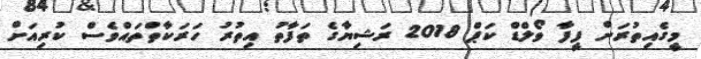
މީގެއިތުރަށް ފީފާ ވޯލްޑް ކަޕް 2018 ރަޝިޔާގެ ތަފާތު އިތުރު ހަރަކާތްތައްވެސް ކުރިއަށް